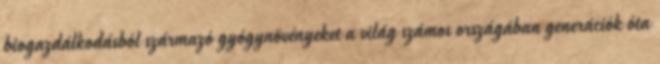
biogazdálkodásból származó gyógynövényeket a világ számos országában generációk óta